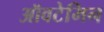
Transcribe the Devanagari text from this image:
ऑवटेमिन